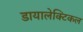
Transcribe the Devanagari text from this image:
डायालेक्टिकल